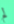
لم